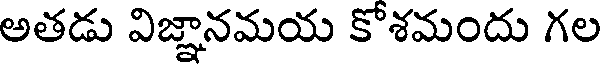
అతడు విజ్ఞానమయ కోశమందు గల